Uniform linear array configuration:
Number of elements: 4
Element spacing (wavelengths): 0.5
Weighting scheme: hamming
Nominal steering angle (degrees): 0
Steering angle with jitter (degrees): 1.372
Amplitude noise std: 0.05
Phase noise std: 0.05

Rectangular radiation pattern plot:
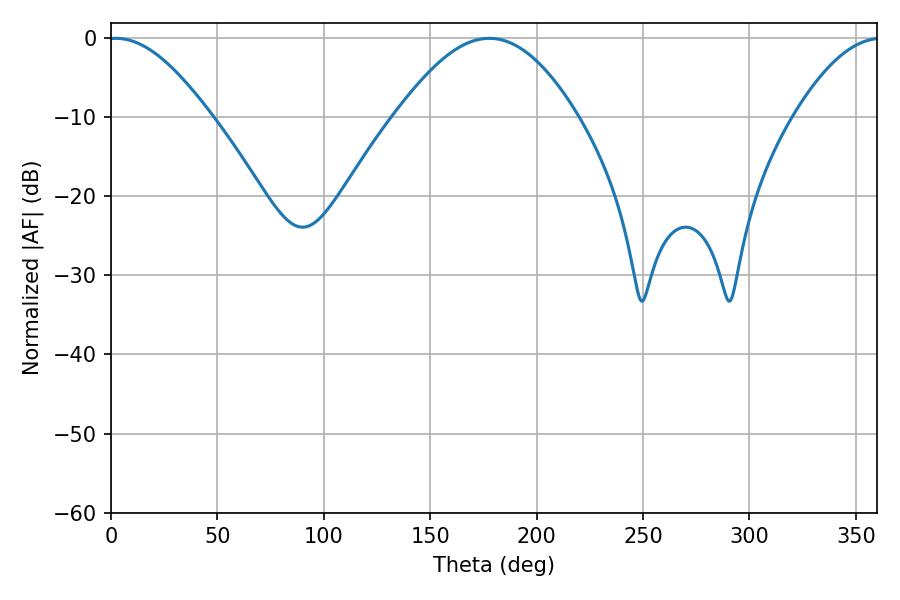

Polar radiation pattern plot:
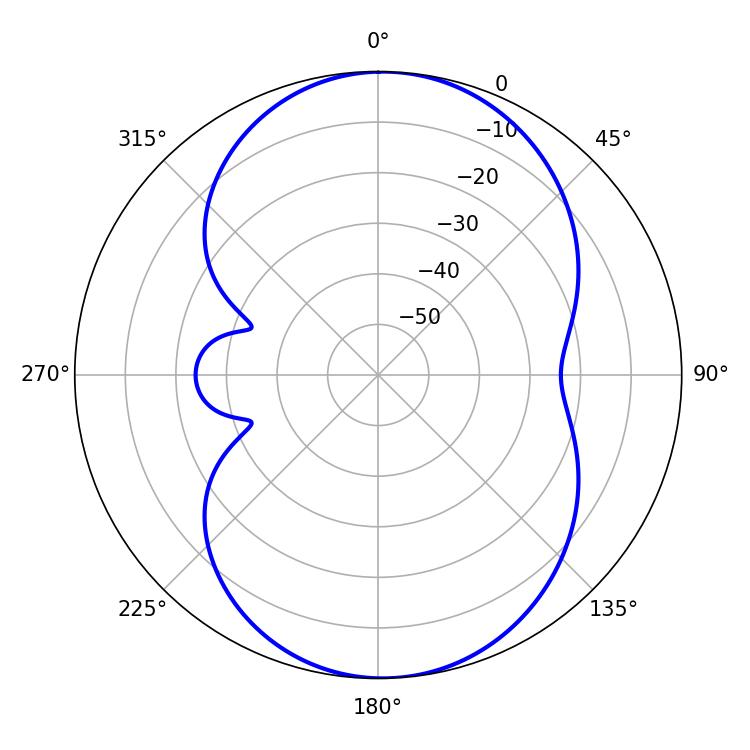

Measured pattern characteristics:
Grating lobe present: FALSE
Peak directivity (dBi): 12.995
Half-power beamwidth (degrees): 25.74
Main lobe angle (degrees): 2.16